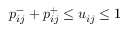
p _ { i j } ^ { - } + p _ { i j } ^ { + } \leq u _ { i j } \leq 1